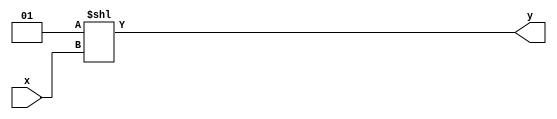
`timescale 1ns/1ps

module binToOneShot(x,y);
  parameter IN_WIDTH=4;
  parameter OUT_WIDTH=16;
  
  input wire [IN_WIDTH-1:0]x;
  output wire [OUT_WIDTH-1:0]y;
  
  assign y=1<<x;	//1 bitini x'in deeri kadar shift et
  
endmodule